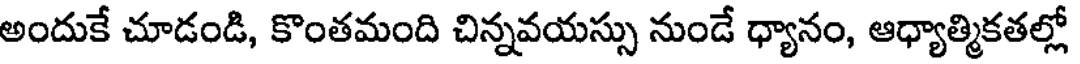
అందుకే చూడండి, కొంతమంది చిన్నవయస్సు నుండే ధ్యానం, ఆధ్యాత్మికతల్లో